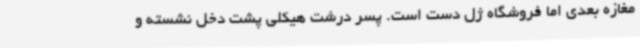
مغازه بعدی اما فروشگاه ژل دست است. پسر درشت هیکلی پشت دخل نشسته و